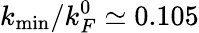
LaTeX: k_{\mathrm{min}}/k_{F}^{0}\simeq 0.105